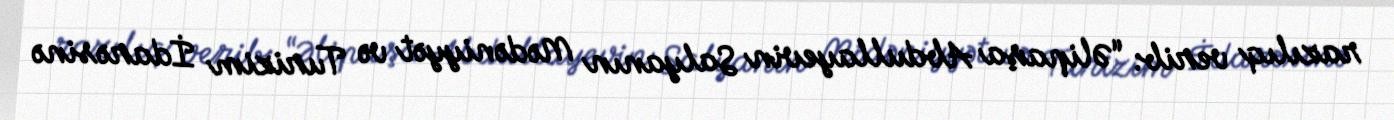
razılıq verib: “Əlipaşa Abdullayevin Salyanın Mədəniyyət və Turizim İdarəsinə